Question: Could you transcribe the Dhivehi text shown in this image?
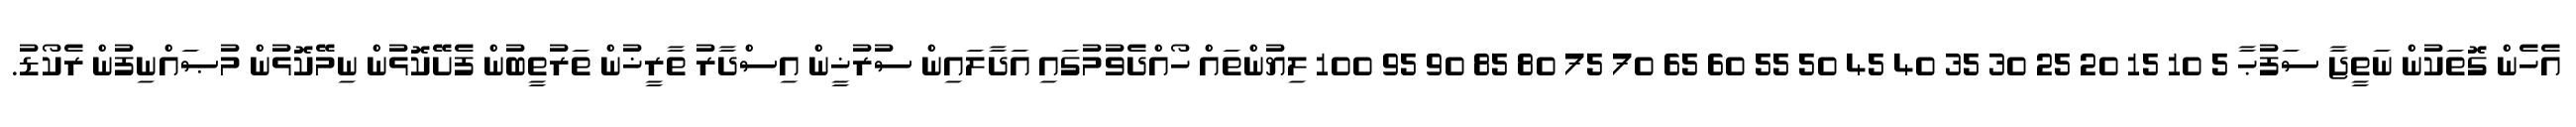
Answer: އެހެން ގޮތަކުން ނަތީޖާ ސަފުޙާ 5 10 15 20 25 30 35 40 45 50 55 60 65 70 75 80 85 90 95 100 ލިޔުންތައް ހޯއްދެވުމުގައި އަދާލައިން ސުރުޚީން އިސްދާރު ތާރީޚުން ތަރުތީބުން ފެށޭކޮޅުން ނިމޭކޮޅުން މުޞައްނިފުން ރެކޯޑު.